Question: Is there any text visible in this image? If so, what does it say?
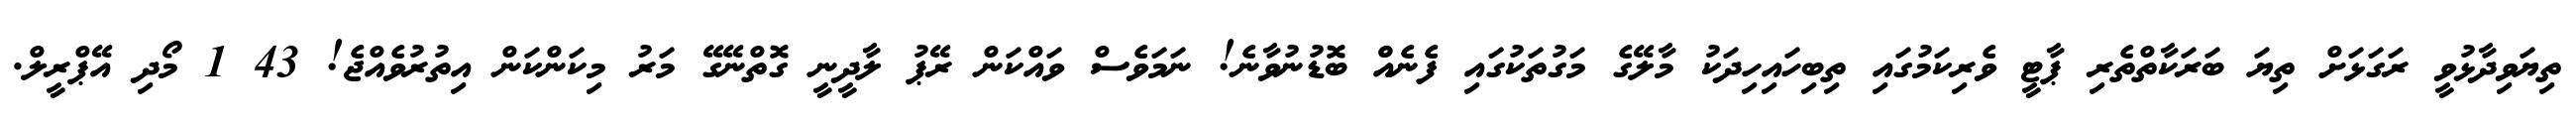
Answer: ތިޔަވިދާޅުވީ ރަގަޅަށް ތިޔަ ބަރަކާތްތެރި ޕާޓީ ވެރިކަމުގައި ތިބިހައިހިދަކު މާލޭގެ މަގުތަކުގައި ފެނެއްް ބޮޑުނުވާނެ! ނަމަވެސް ވައްކަން ރޭޕު ލާދީނީ ގޮތްނޭގޭ މަރު މިކަންކަން އިތުރުވެއްޖެ! 43 1 މޯދި އޭޕްރީލް.